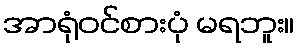
အာရုံဝင်စားပုံ မရဘူး။